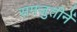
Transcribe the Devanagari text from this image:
समजुतीनें